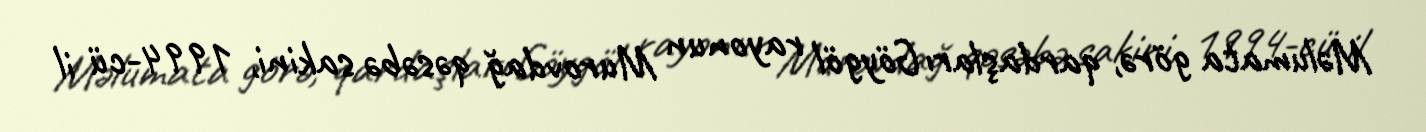
Məlumata görə, qardaşları Göygöl rayonun Murovdağ qəsəbə sakini, 1994-cü il